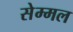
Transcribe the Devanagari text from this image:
सेम्मल